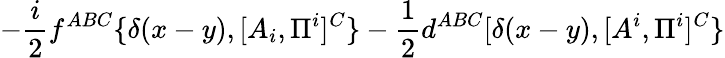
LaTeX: -{\frac{i}{2}}f^{ABC}\{ \delta(x-y),[A_{i},\Pi^{i}]^{C}\} -{\frac{1}{2}}d^{ABC}[\delta(x-y),[A^{i},\Pi^{i}]^{C}\}